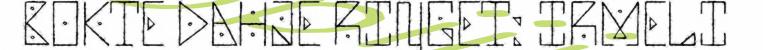
BOKTE DAHJE RIŊGET: IRMELI